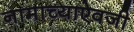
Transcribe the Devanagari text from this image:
नामाच्याऐवजी